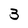
Character: 3